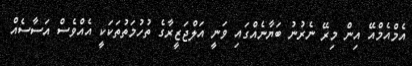
އެމްއެމްއޭ އިން މިރޭ ނެރުނު ބަޔާނެއްގައި ވަނީ އަލްޖަޒީރާގެ ތުހުމަތުތަކަކީ އެއްވެސް އަސާސެއް